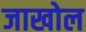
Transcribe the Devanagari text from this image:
जाखोल